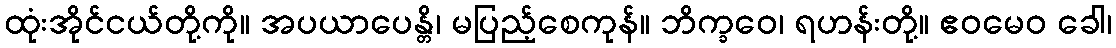
ထုံးအိုင်ငယ်တို့ကို။ အပယာပေန္တိ၊ မပြည့်စေကုန်။ ဘိက္ခဝေ၊ ရဟန်းတို့။ ဧဝမေဝ ခေါ၊